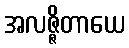
အလဇ္ဇိတာယေ